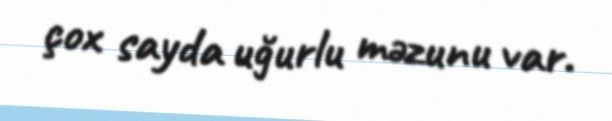
çox sayda uğurlu məzunu var.